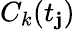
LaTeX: C_{k}(t_{\mathbf{j}})